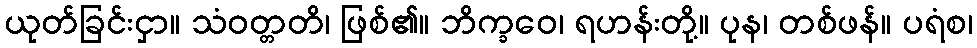
ယုတ်ခြင်းငှာ။ သံဝတ္တတိ၊ ဖြစ်၏။ ဘိက္ခဝေ၊ ရဟန်းတို့။ ပုန၊ တစ်ဖန်။ ပရံစ၊